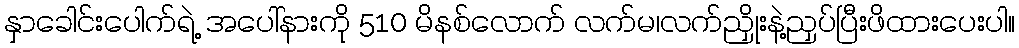
နှာခေါင်းပေါက်ရဲ့ အပေါ်နားကို 510 မိနစ်လောက် လက်မ၊လက်ညှိုးနဲ့ညှပ်ပြီးဖိထားပေးပါ။